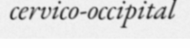
cervico-occipital